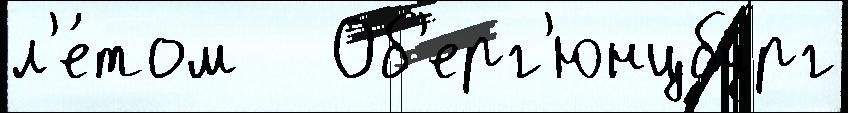
л'е́том   Об'ерг'юнцбург